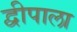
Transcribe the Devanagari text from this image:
द्वीपाला